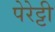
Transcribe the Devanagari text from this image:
पेरेट्टी